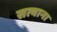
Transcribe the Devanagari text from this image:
सत्याना